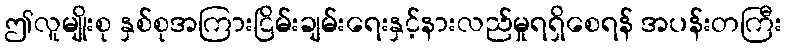
ဤလူမျိုးစု နှစ်စုအကြားငြိမ်းချမ်းရေးနှင့်နားလည်မှုရရှိစေရန် အပန်းတကြီး